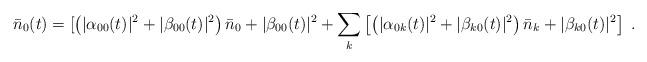
LaTeX: \begin{align*}\bar{n}_0(t)=[\left(|\alpha_{00}(t)|^2+|\beta_{00}(t)|^2\right)\bar{n}_0+|\beta_{00}(t)|^2+\sum_{k}\left[\left(|\alpha_{0 k}(t)|^2+|\beta_{k 0}(t)|^2\right)\bar{n}_k+|\beta_{k 0}(t)|^2\right]\;.\end{align*}